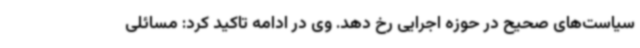
سیاست‌های صحیح در حوزه اجرایی رخ دهد. وی در ادامه تاکید کرد: مسائلی